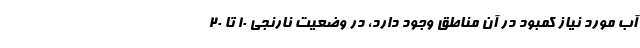
آب مورد نیاز کمبود در آن مناطق وجود دارد، در وضعیت نارنجی ۱۰ تا ۲۰